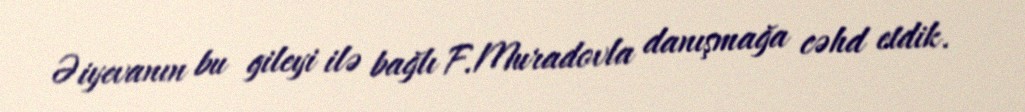
Əiyevanın bu gileyi ilə bağlı F.Muradovla danışmağa cəhd etdik.